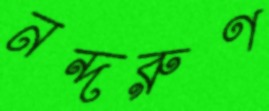
নন্দরুণ